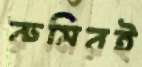
রুমিরই